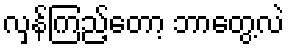
လှန်ကြည့်တော့ ဘာတွေ့လဲ